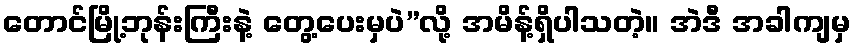
တောင်မြို့ဘုန်းကြီးနဲ့ တွေ့ပေးမှပဲ”လို့ အမိန့်ရှိပါသတဲ့။ အဲဒီ အခါကျမှ